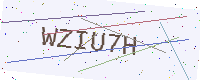
Text: WZIU7H